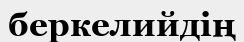
беркелийдің